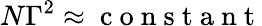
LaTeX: N\Gamma^{2}\approx\mathrm{~c~o~n~s~t~a~n~t~}